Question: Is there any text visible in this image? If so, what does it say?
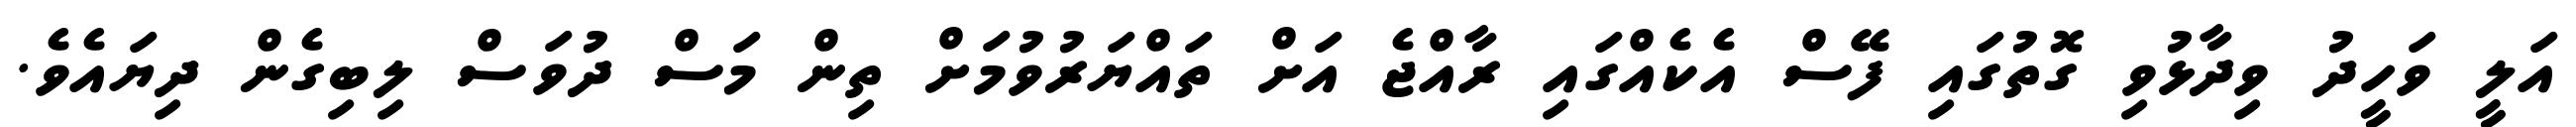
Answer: އަލީ ވަހީދު ވިދާޅުވި ގޮތުގައި ފޭސް އެކެއްގައި ރާއްޖެ އަށް ތައްޔަރުވުމަށް ތިން މަސް ދުވަސް ލިބިގެން ދިޔައެވެ.